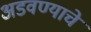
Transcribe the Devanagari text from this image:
अडवण्याचे